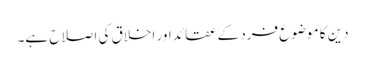
دین کا موضوع فرد کے عقائد اور اخلاق کی اصلاح ہے۔